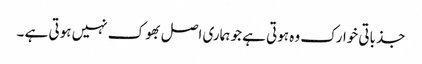
جذباتی خوارک وہ ہوتی ہے جو ہماری اصل بھوک نہیں ہوتی ہے ۔